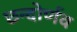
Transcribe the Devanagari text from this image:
छन्दोर्णव